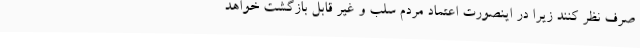
صرف نظر کنند زیرا در اینصورت اعتماد مردم سلب و غیر قابل بازگشت خواهد